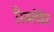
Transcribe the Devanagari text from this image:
रिस्प्लेंडेंट